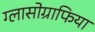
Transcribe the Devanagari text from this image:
ग्लासोग्राफिया